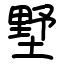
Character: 墅